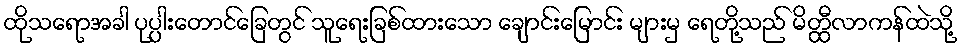
ထိုသရောအခါ ပုပ္ပါးတောင်ခြေတွင် သူရေးခြစ်ထားသော ချောင်းမြောင်း များမှ ရေတို့သည် မိတ္ထီလာကန်ထဲသို့